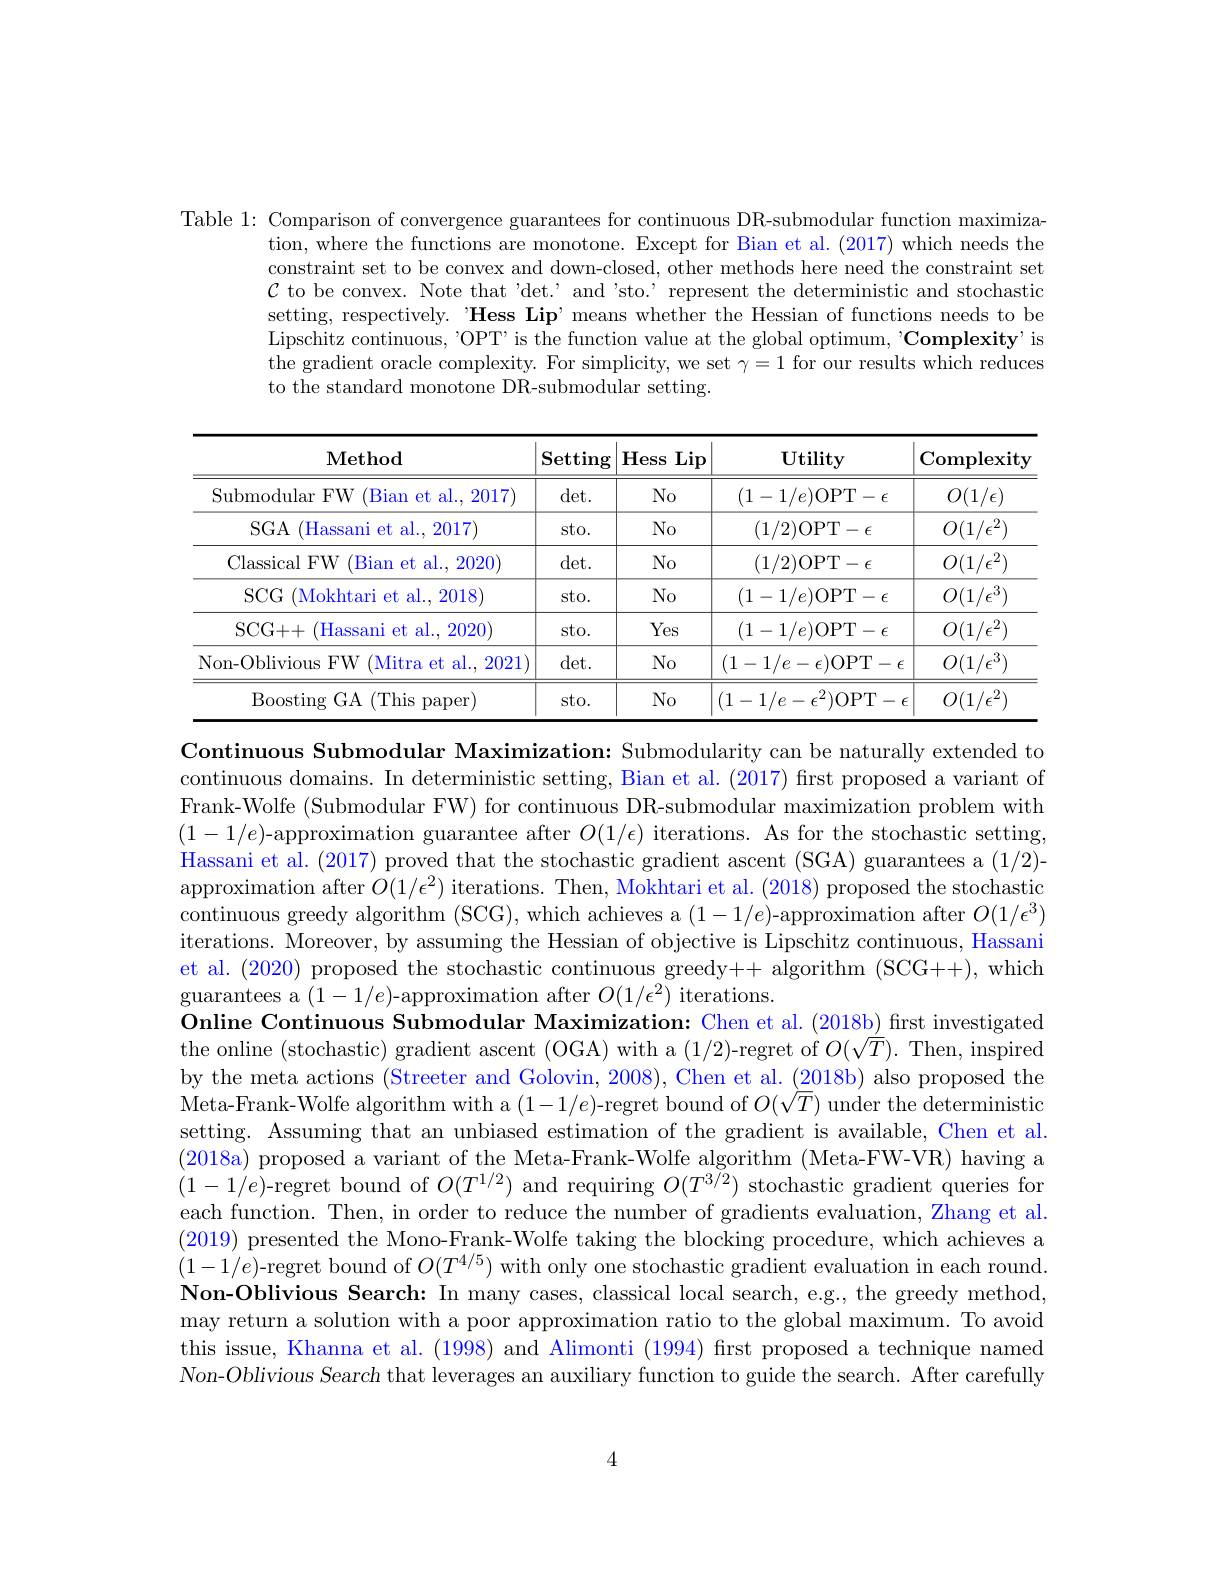
Table 1: Comparison of convergence guarantees for continuous DR-submodular function maximiza-
tion, where the functions are monotone. Except for Bian et al. (2017) which needs the constraint set to be convex and down-closed, other methods here need the constraint set $\mathcal{C}$ to be convex. Note that 'det. " and 'sto.' represent the deterministic and stochastic setting, respectively. "Hess Lip’means whether the Hessian of functions needs to be Lipschitz continuous, "OPT' is the function value at the global optimum, 'Complexity' is the gradient oracle complexity. For simplicity, we set $\gamma=1$ for our results which reduces to the standard monotone DR-submodular setting.

<table>
	<tbody>
		<tr>
			<th>Method</th>
			<th>$\mathbf{Setting}$</th>
			<th>Hess $\operatorname{Lip}$</th>
			<th>Utility</th>
			<th>Complexity</th>
		</tr>
		<tr>
			<td>Submodular FW (Bian et al., 2017)</td>
			<td>det. </td>
			<td>$No$</td>
			<td>$(1-1/e)$OPT$-\epsilon$</td>
			<td>$O(1/\epsilon)$</td>
		</tr>
		<tr>
			<td>$SGA$ (Hassani et al., 2017)</td>
			<td>sto.</td>
			<td>$No$</td>
			<td>(1/2)OPT$-\epsilon$</td>
			<td>$O(1/\epsilon^2)$</td>
		</tr>
		<tr>
			<td>Classical FW (Bian et al., 2020)</td>
			<td>det. </td>
			<td>$No$</td>
			<td>(1/2)OPT$-\epsilon$</td>
			<td>$O(1/\epsilon^2)$</td>
		</tr>
		<tr>
			<td>$SCG$ ${\mathrm{~(Mokhtari~et~al.,~2018)}}$</td>
			<td>sto.</td>
			<td>$No$</td>
			<td>$(1-1/e)$OPT$-\epsilon$</td>
			<td>$O(1/\epsilon^{3})$</td>
		</tr>
		<tr>
			<td>SCG+ + (Hassani et al., 2020)</td>
			<td>sto.</td>
			<td>Yes</td>
			<td>$(1-1/e)$OPT$-\epsilon$</td>
			<td>$O(1/\epsilon^2)$</td>
		</tr>
		<tr>
			<td>Non-Oblivious FW (Mitra et al., 2021)</td>
			<td>det. </td>
			<td>$No$</td>
			<td>$(1-1/e-\epsilon)$OPT$-\epsilon$ 1</td>
			<td>$O(1/\epsilon^3)$</td>
		</tr>
		<tr>
			<td>Boosting GA ( (This paper)</td>
			<td>sto.</td>
			<td>$No$</td>
			<td>$(1-1/e-\epsilon^{2})$OPT - </td>
			<td>$O(1/\epsilon^{2})$ </td>
		</tr>
	</tbody>
</table>

Continuous Submodular Maximization: Submodularity can be naturally extended to continuous domains. In deterministic setting, Bian et al. (2017) first proposed a variant of Frank-Wolfe (Submodular FW) for continuous DR-submodular maximization problem with $(1-1/e)$-approximation guarantee after $O(1/\epsilon)$ iterations. As for the stochastic setting, Hassani et al. (2017) proved that the stochastic gradient ascent (SGA) guarantees a (1/2)- approximation after $O(1/\epsilon^2)$ iterations. Then, Mokhtari et al. (2018) proposed the stochastic continuous greedy algorithm (SCG), which achieves a $(1-1/e)$-approximation after $O(1/\epsilon^3)$ iterations. Moreover, by assuming the Hessian of objective is Lipschitz continuous, Hassani et al. (2020) proposed the stochastic continuous greedy++ algorithm (SCG++), which guarantees a $(1-1/e)$-approximation after $O(1/\epsilon^2)$ iterations.
Online Continuous Submodular Maximization: Chen et al. (2018b) first investigated the online (stochastic) gradient ascent (OGA) with a (1/2)-regret of $O(\sqrt T).$ Then, inspired by the meta actions (Streeter and Golovin, 2008), Chen et al. (2018b) also proposed the $\dot{\text{Meta-Frank-Wolfe algorithm with a}}(1-1/e)$-regret bound of $O(\sqrt T)$ under the deterministic setting. Assuming that an unbiased estimation of the gradient is available, Chen et al. (2018a) proposed a variant of the Meta-Frank-Wolfe algorithm (Meta-FW-VR) having a $(1-1/e)$-regret bound of $O(T^{1/2})$ and requiring $O(T^3\%2)$ stochastic gradient queries for each function. Then, in order to reduce the number of gradients evaluation, Zhang et al. (2019) presented the Mono-Frank-Wolfe taking the blocking procedure, which achieves a $(1-1/e)$-regret bound of $O(T^{4/5})$ with only one stochastic gradient evaluation in each round. Non-Oblivious Search: In many cases, classical local search, e.g., the greedy method, may return a solution with a poor approximation ratio to the global maximum. To avoid this issue, Khanna et al. (1998) and Alimonti (1994) first proposed a technique named Non-Oblivious Search that leverages an auxiliary function to guide the search. After carefully

4